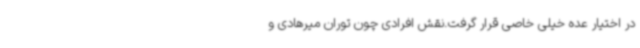
در اختیار عده خیلی خاصی قرار گرفت.نقش افرادی چون توران میرهادی و